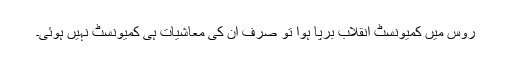
روس میں کمیونسٹ انقلاب برپا ہوا تو صرف ان کی معاشیات ہی کمیونسٹ نہیں ہوئی۔